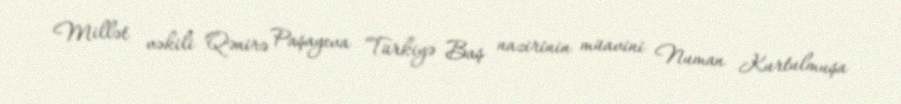
Millət vəkili Qənirə Paşayeva Türkiyə Baş nazirinin müavini Numan Kurtulmuşa